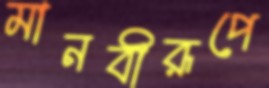
মানবীরূপে